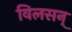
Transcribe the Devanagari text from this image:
विलसन्